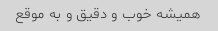
همیشه خوب و دقیق و به موقع